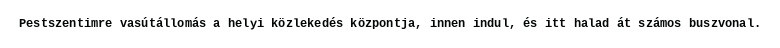
Pestszentimre vasútállomás a helyi közlekedés központja, innen indul, és itt halad át számos buszvonal.